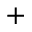
^ +